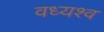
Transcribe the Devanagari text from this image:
वध्यश्व